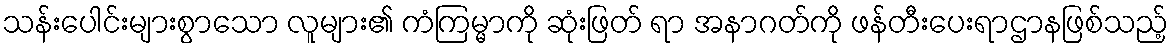
သန်းပေါင်းများစွာသော လူများ၏ ကံကြမ္မာကို ဆုံးဖြတ် ရာ အနာဂတ်ကို ဖန်တီးပေးရာဌာနဖြစ်သည့်